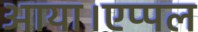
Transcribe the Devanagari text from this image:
आया।एप्पल